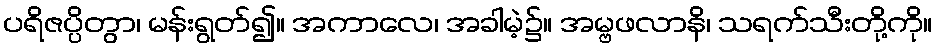
ပရိဇပ္ပိတွာ၊ မန်းရွတ်၍။ အကာလေ၊ အခါမဲ့၌။ အမ္ဗဖလာနိ၊ သရက်သီးတို့ကို။